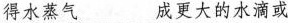
得水蒸气___成更大的水滴或